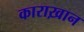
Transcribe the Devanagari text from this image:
काराख़ान